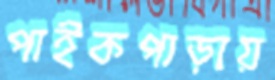
পাইকপাড়ায়